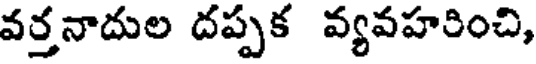
వర్తనాదుల దప్పక వ్యవహరించి,